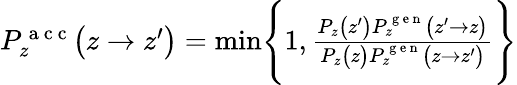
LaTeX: \begin{array}{r}{P_{z}^{\mathrm{~a~c~c~}}\bigl(z\to z^{\prime}\bigr)=\operatorname*{min}\Biggl\{ 1,\frac{P_{z}\bigl(z^{\prime}\bigr)P_{z}^{\mathrm{~g~e~n~}}\bigl(z^{\prime}\to z\bigr)}{P_{z}\bigl(z\bigr)P_{z}^{\mathrm{~g~e~n~}}\bigl(z\to z^{\prime}\bigr)}\Biggr\} }\end{array}